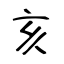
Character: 亥